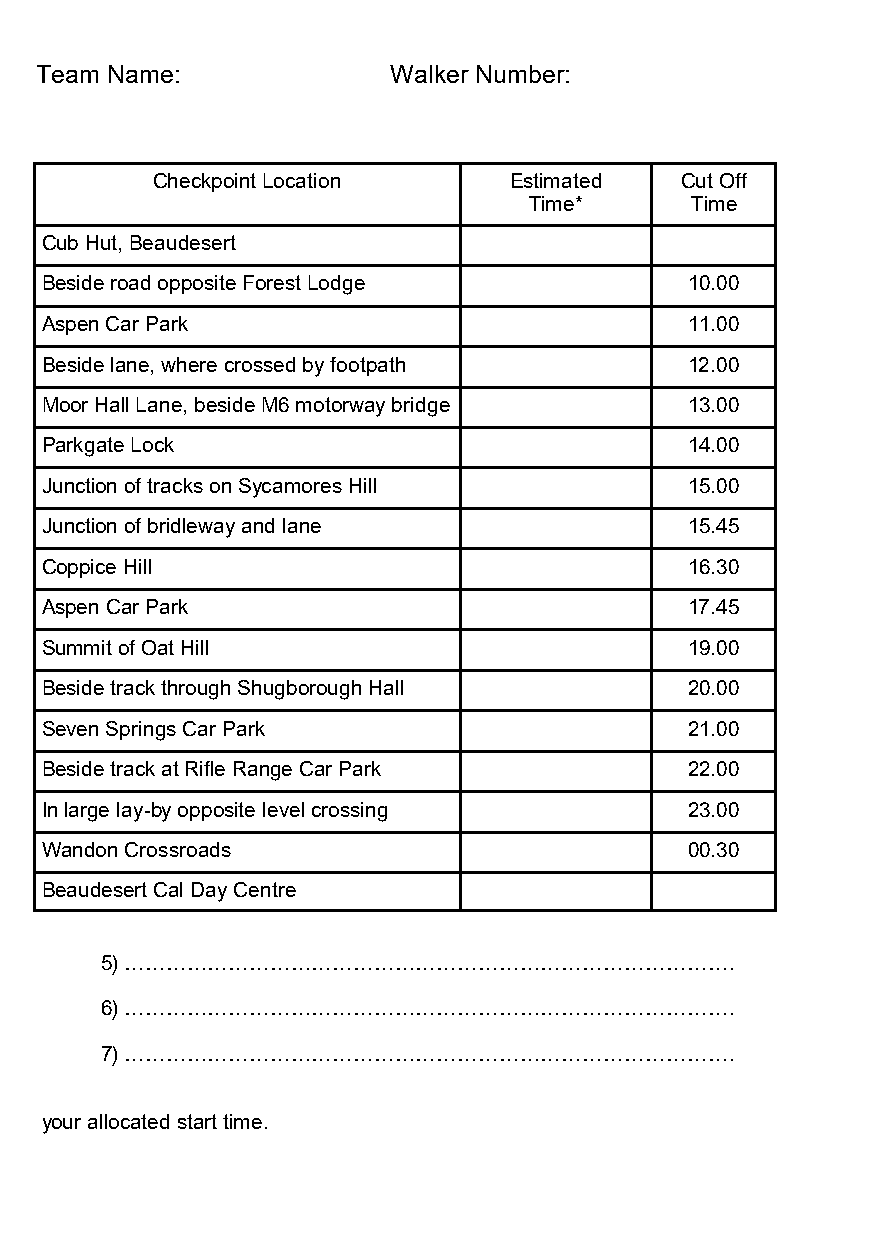
Team Name:              Walker Number:
 Checkpoint Location     Estimated  Cut Off
 Time*      Time
 Cub Hut, Beaudesert
 Beside road opposite Forest Lodge          10.00
 Aspen Car Park                             11.00
 Beside lane, where crossed by footpath     12.00
 Moor Hall Lane, beside M6 motorway bridge  13.00
 Parkgate Lock                              14.00
 Junction of tracks on Sycamores Hill       15.00
 Junction of bridleway and lane             15.45
 Coppice Hill                               16.30
 Aspen Car Park                             17.45
 Summit of Oat Hill                         19.00
 Beside track through Shugborough Hall      20.00
 Seven Springs Car Park                     21.00
 Beside track at Rifle Range Car Park       22.00
 In large lay-by opposite level crossing    23.00
 Wandon Crossroads                          00.30
 Beaudesert Cal Day Centre
 5) …………………………………………………………………………….
 6) …………………………………………………………………………….
 7) …………………………………………………………………………….
 your allocated start time.